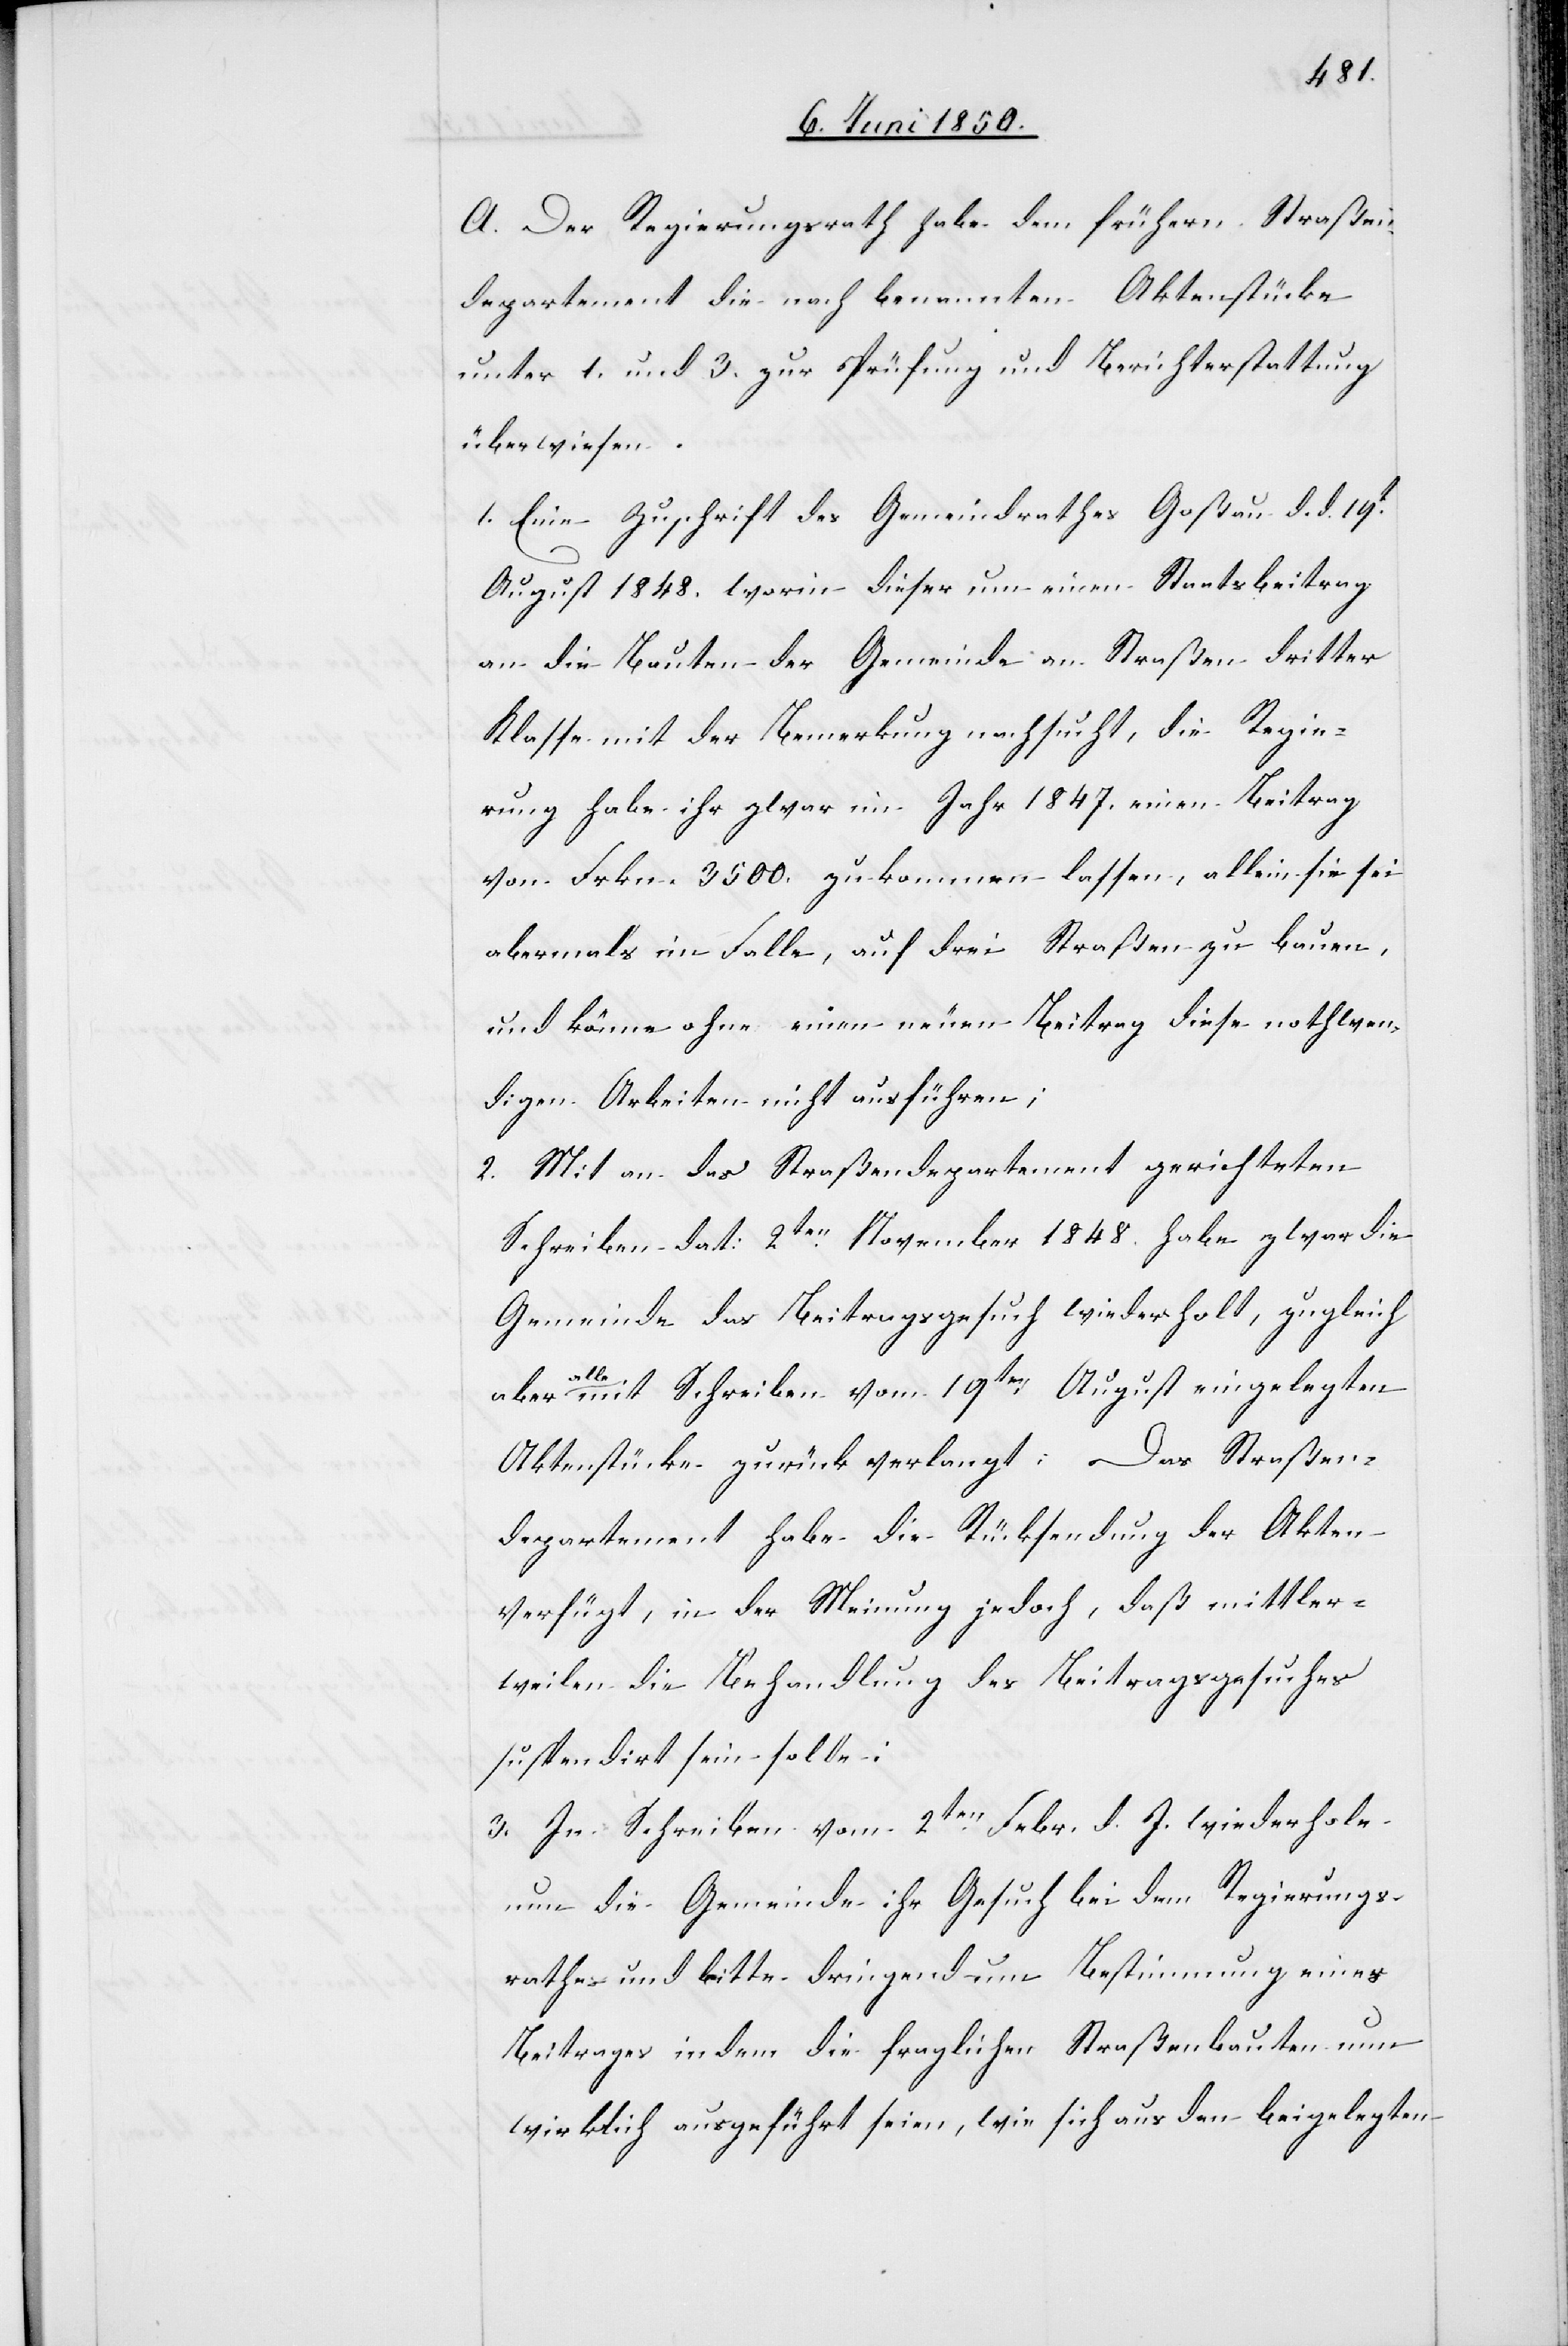
A. Der Regierungsrath habe dem frühern Straßen¬
departement die nach benannten Aktenstücke
unter 1. und 3. zur Prüfung und Berichterstattung
überwiesen.
1. Eine Zuschrift des Gemeindrathes Goßau d. d. 19t
August 1848. worin dieser um einen Staatsbeitrag
an die Bauten der Gemeinde an Straßen dritter
Klasse mit der Bemerkung nachsucht, die Regie¬
rung habe ihr zwar im Jahr 1847. einen Beitrag
von Frkn. 3500. zukommen lassen, allein sie sei
abermals im Falle, auf drei Straßen zu bauen,
und könne ohne einen neuen Beitrag diese nothwen¬
digen Arbeiten nicht ausführen;
2. Mit an das Straßendepartement gerichteten
Schreiben dat: 2ten November 1848. habe zwar die
Gemeinde das Beitragsgesuch wiederholt, zugleich
aber
alle mit Schreiben vom 19ten August eingelegten
Aktenstücke zurück verlangt: Das Straßen¬
departement habe die Rücksendung der Akten
verfügt, in der Meinung jedoch, daß mittler¬
weilen die Behandlung des Beitragsgesuches
suspendirt sein solle:
3. In Schreiben vom 2ten Febr. d. J. wiederhole
nun die Gemeinde ihr Gesuch bei dem Regierungs¬
rathe und bitte dringend um Bestimmung eines
Beitrages indem die fraglichen Straßenbauten nun
wirklich ausgeführt seien, wie sich aus den beigelegten